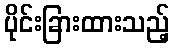
ပိုင်းခြားထားသည့်